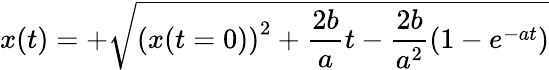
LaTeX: x(t)=+\sqrt{\left(x(t=0)\right)^{2}+\frac{2b}{a}t-\frac{2b}{a^{2}}(1-e^{-at})}